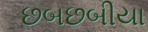
છબછબીયા